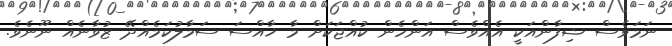
ނަމަވެސް ޝިފާންއަކީ އެއްވެސް އަންހެން ކުއްޖަކަށް މާ ޚާއްސަ ސަމާލުކަމެއްދޭ ޒުވާނެއް ނޫނެވެ.